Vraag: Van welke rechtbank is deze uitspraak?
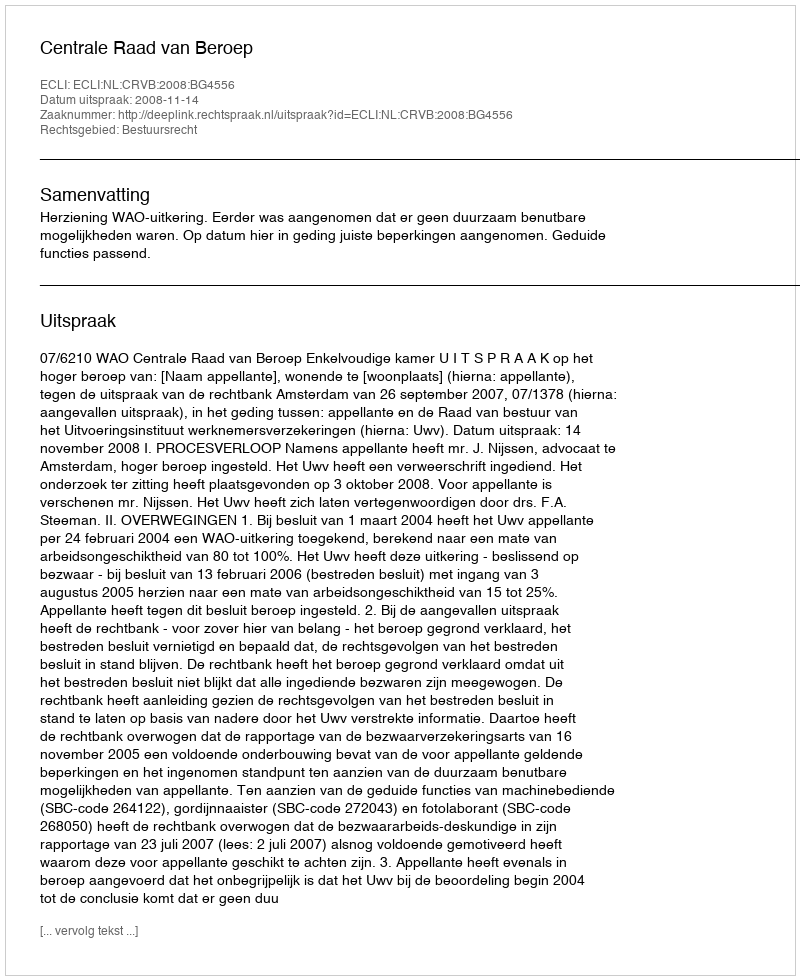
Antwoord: Centrale Raad van Beroep